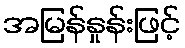
အမြန်နှုန်းဖြင့်